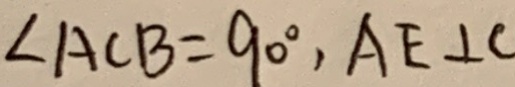
\angle A C B = 9 0 ^ { \circ } , A E \bot C